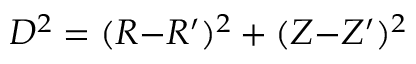
D ^ { 2 } = ( R { - } R ^ { \prime } ) ^ { 2 } + ( Z { - } Z ^ { \prime } ) ^ { 2 }